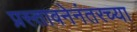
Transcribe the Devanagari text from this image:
प्रस्तावनेनंतरच्या